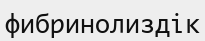
фибринолиздік